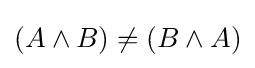
(A\land B)\neq (B\land A)